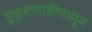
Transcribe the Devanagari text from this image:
हुकुमशाहीपासून